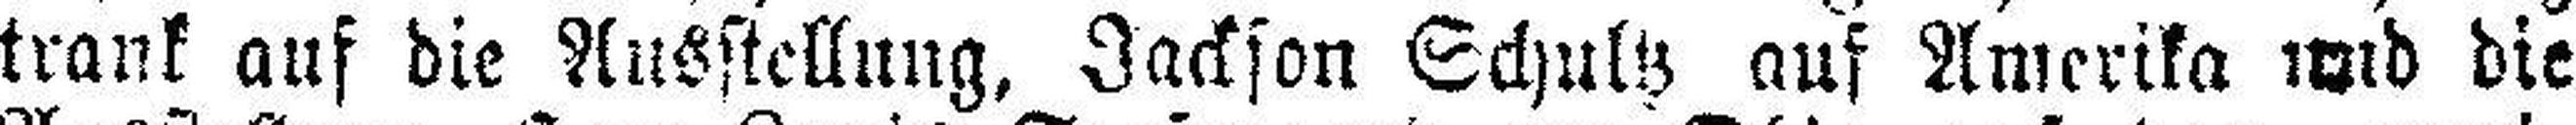
trank auf die Ausstellung, Jackson Schultz auf Amerika und die